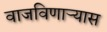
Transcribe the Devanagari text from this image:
वाजविणाऱ्यास